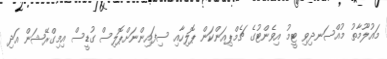
މައުލޫމާތު މުއްސަނދިވި ޓީމު އިވެންޓުގެ ޗެމްޕިއަންކަން ޕޮލިހާއި ސިފައިންނަށްޕޮލިސް ގުޑީސް އިމިގްރޭޝަން އަދި